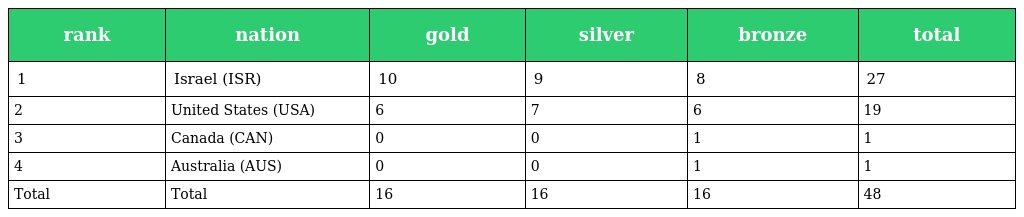
| rank | nation | gold | silver | bronze | total |
 | --- | --- | --- | --- | --- | --- |
 | 1 | Israel (ISR) | 10 | 9 | 8 | 27 |
 | 2 | United States (USA) | 6 | 7 | 6 | 19 |
 | 3 | Canada (CAN) | 0 | 0 | 1 | 1 |
 | 4 | Australia (AUS) | 0 | 0 | 1 | 1 |
 | Total | Total | 16 | 16 | 16 | 48 |